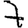
Digit: 7